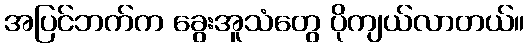
အပြင်ဘက်က ခွေးအူသံတွေ ပိုကျယ်လာတယ်။